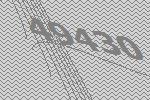
49430